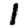
Digit: 1